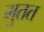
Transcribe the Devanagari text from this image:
मुतत